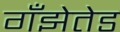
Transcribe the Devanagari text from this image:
गँझेतेड